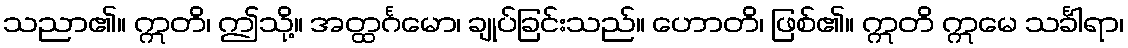
သညာ၏။ ဣတိ၊ ဤသို့။ အတ္ထင်္ဂမော၊ ချုပ်ခြင်းသည်။ ဟောတိ၊ ဖြစ်၏။ ဣတိ ဣမေ သင်္ခါရာ၊